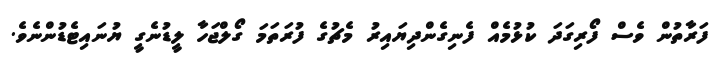
ފަރާތުން ވެސް ފޯރިގަދަ ކުޅުމެއް ފެނިގެންދިޔައިރު މެޗުގެ ފުރަތަމަ ގޯލްޖަހާ ލީޑުނެގީ ޔުނައިޓެޑުންނެވެ.